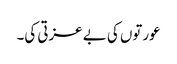
عورتوں کی بے عزتی کی۔